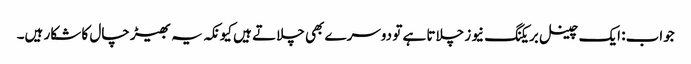
جواب: ایک چینل بریکنگ نیوز چلاتا ہے تو دوسرے بھی چلاتے ہیں کیونکہ یہ بھیڑ چال کا شکار ہیں۔